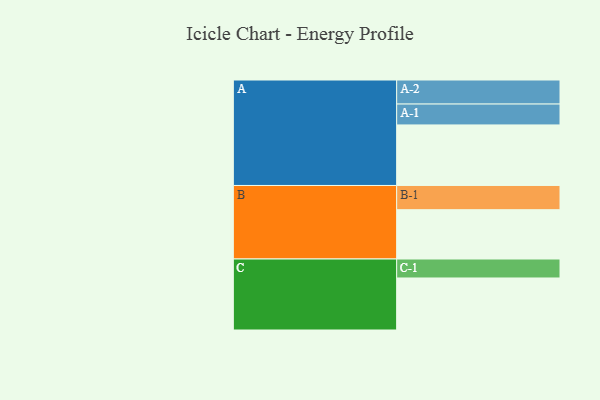
{"axis": {"x": "Segment", "y": "Value"}, "legend": ["", "A", "B", "C"], "data": [{"x": "A", "y": 597, "type": ""}, {"x": "B", "y": 486, "type": ""}, {"x": "C", "y": 513, "type": ""}, {"x": "A-1", "y": 206, "type": "A"}, {"x": "A-2", "y": 237, "type": "A"}, {"x": "B-1", "y": 239, "type": "B"}, {"x": "C-1", "y": 187, "type": "C"}]}